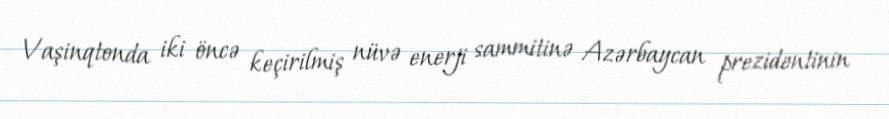
Vaşinqtonda iki öncə keçirilmiş nüvə enerji sammitinə Azərbaycan prezidentinin